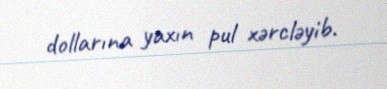
dollarına yaxın pul xərcləyib.